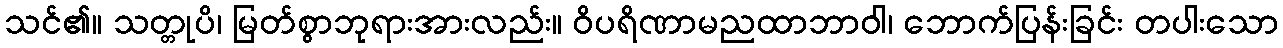
သင်၏။ သတ္တုပိ၊ မြတ်စွာဘုရားအားလည်း။ ဝိပရိဏာမညထာဘာဝါ၊ ဘောက်ပြန်းခြင်း တပါးသော